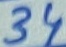
Text: 34